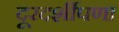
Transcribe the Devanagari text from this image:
दूरदर्शीपणा